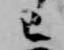
已